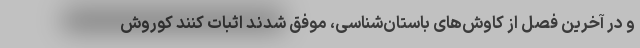
و در آخرین فصل از کاوش‌های باستان‌شناسی، موفق شدند اثبات کنند کوروش